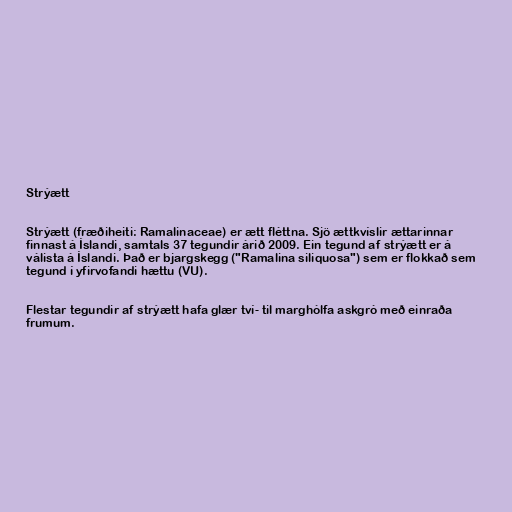
Strýætt

Strýætt (fræðiheiti: Ramalinaceae) er ætt fléttna. Sjö ættkvíslir ættarinnar
finnast á Íslandi, samtals 37 tegundir árið 2009. Ein tegund af strýætt er á
válista á Íslandi. Það er bjargskegg ("Ramalina siliquosa") sem er flokkað sem
tegund í yfirvofandi hættu (VU).

Flestar tegundir af strýætt hafa glær tví- til marghólfa askgró með einraða
frumum.